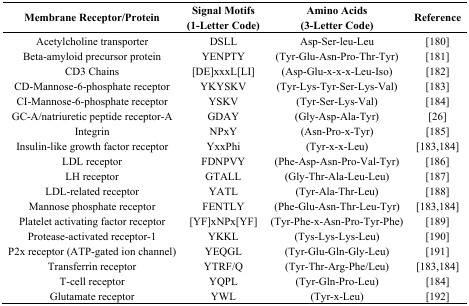
<table><thead><tr><td><b>Membrane Receptor/Protein</b></td><td><b>Signal Motifs (1-Letter Code)</b></td><td><b>Amino Acids (3-Letter Code)</b></td><td><b>Reference</b></td></tr></thead><tbody><tr><td>Acetylcholine transporter</td><td>DSLL</td><td>Asp-Ser-leu-Leu</td><td>[180]</td></tr><tr><td>Beta-amyloid precursor protein</td><td>YENPTY</td><td>(Tyr-Glu-Asn-Pro-Thr-Tyr)</td><td>[181]</td></tr><tr><td>CD3 Chains</td><td>[DE]xxxL[LI]</td><td>(Asp-Glu-x-x-x-Leu-Iso)</td><td>[182]</td></tr><tr><td>CD-Mannose-6-phosphate receptor</td><td>YKYSKV</td><td>(Tyr-Lys-Tyr-Ser-Lys-Val)</td><td>[183]</td></tr><tr><td>CI-Mannose-6-phosphate receptor</td><td>YSKV</td><td>(Tyr-Ser-Lys-Val)</td><td>[184]</td></tr><tr><td>GC-A/natriuretic peptide receptor-A</td><td>GDAY</td><td>(Gly-Asp-Ala-Tyr)</td><td>[26]</td></tr><tr><td>Integrin</td><td>NPxY</td><td>(Asn-Pro-x-Tyr)</td><td>[185]</td></tr><tr><td>Insulin-like growth factor receptor</td><td>YxxPhi</td><td>(Tyr-x-x-Leu)</td><td>[183,184]</td></tr><tr><td>LDL receptor</td><td>FDNPVY</td><td>(Phe-Asp-Asn-Pro-Val-Tyr)</td><td>[186]</td></tr><tr><td>LH receptor</td><td>GTALL</td><td>(Gly-Thr-Ala-Leu-Leu)</td><td>[187]</td></tr><tr><td>LDL-related receptor</td><td>YATL</td><td>(Tyr-Ala-Thr-Leu)</td><td>[188]</td></tr><tr><td>Mannose phosphate receptor</td><td>FENTLY</td><td>(Phe-Glu-Asn-Thr-Leu-Tyr)</td><td>[183,184]</td></tr><tr><td>Platelet activating factor receptor</td><td>[YF]xNPx[YF]</td><td>(Tyr-Phe-x-Asn-Pro-Tyr-Phe)</td><td>[189]</td></tr><tr><td>Protease-activated receptor-1</td><td>YKKL</td><td>(Tys-Lys-Lys-Leu)</td><td>[190]</td></tr><tr><td>P2x receptor (ATP-gated ion channel)</td><td>YEQGL</td><td>(Tyr-Glu-Gln-Gly-Leu)</td><td>[191]</td></tr><tr><td>Transferrin receptor</td><td>YTRF/Q</td><td>(Tyr-Thr-Arg-Phe/Leu)</td><td>[183,184]</td></tr><tr><td>T-cell receptor</td><td>YQPL</td><td>(Tyr-Gln-Pro-Leu)</td><td>[184]</td></tr><tr><td>Glutamate receptor</td><td>YWL</td><td>(Tyr-x-Leu)</td><td>[192]</td></tr></tbody></table>